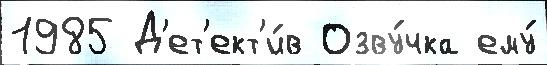
1985 Д'ет'ект'и́в Озву́чка ему́